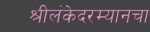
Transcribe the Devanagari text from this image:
श्रीलंकेदरम्यानचा